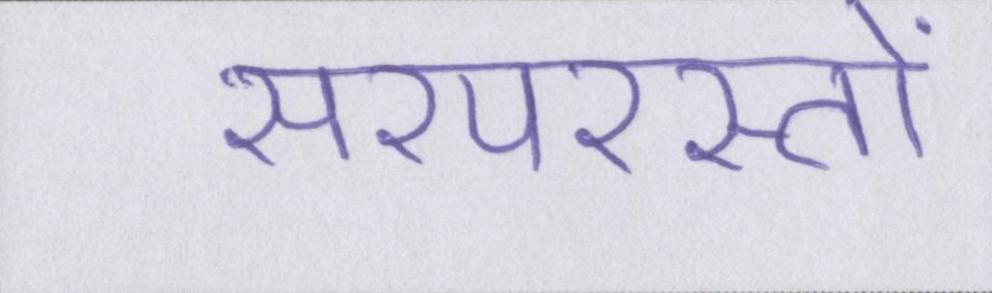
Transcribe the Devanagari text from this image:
सरपरस्तों